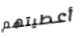
أعطيتهم